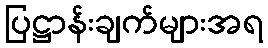
ပြဋ္ဌာန်းချက်များအရ